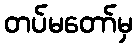
တပ်မတော်မှ